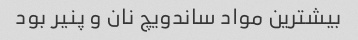
بیشترین مواد ساندویچ نان و پنیر بود